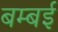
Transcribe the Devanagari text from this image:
बम्‍बई